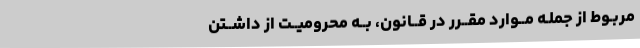
مربـوط از جملـه مــوارد مقــرر در قــانون، بــه محرومیــت از داشــتن